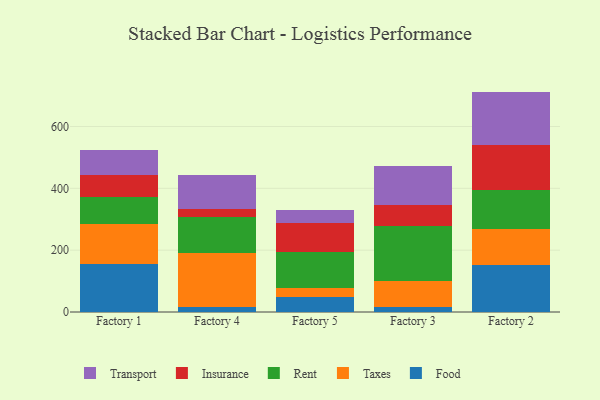
{"axis": {"x": "Factory", "y": "Shipments"}, "legend": ["Food", "Insurance", "Rent", "Taxes", "Transport"], "data": [{"x": "Factory 1", "y": 154.9, "type": "Food"}, {"x": "Factory 1", "y": 128.7, "type": "Taxes"}, {"x": "Factory 1", "y": 86.8, "type": "Rent"}, {"x": "Factory 1", "y": 71.5, "type": "Insurance"}, {"x": "Factory 1", "y": 81.7, "type": "Transport"}, {"x": "Factory 4", "y": 15.7, "type": "Food"}, {"x": "Factory 4", "y": 173.8, "type": "Taxes"}, {"x": "Factory 4", "y": 118.4, "type": "Rent"}, {"x": "Factory 4", "y": 24.1, "type": "Insurance"}, {"x": "Factory 4", "y": 111.6, "type": "Transport"}, {"x": "Factory 5", "y": 49.9, "type": "Food"}, {"x": "Factory 5", "y": 26.9, "type": "Taxes"}, {"x": "Factory 5", "y": 118.4, "type": "Rent"}, {"x": "Factory 5", "y": 94.3, "type": "Insurance"}, {"x": "Factory 5", "y": 41.1, "type": "Transport"}, {"x": "Factory 3", "y": 16.2, "type": "Food"}, {"x": "Factory 3", "y": 84.7, "type": "Taxes"}, {"x": "Factory 3", "y": 177.4, "type": "Rent"}, {"x": "Factory 3", "y": 66.3, "type": "Insurance"}, {"x": "Factory 3", "y": 128.0, "type": "Transport"}, {"x": "Factory 2", "y": 152.9, "type": "Food"}, {"x": "Factory 2", "y": 114.6, "type": "Taxes"}, {"x": "Factory 2", "y": 127.5, "type": "Rent"}, {"x": "Factory 2", "y": 146.8, "type": "Insurance"}, {"x": "Factory 2", "y": 171.1, "type": "Transport"}]}